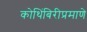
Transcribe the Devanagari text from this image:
कोथिंबिरीप्रमाणे